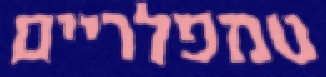
טמפלריים